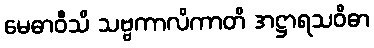
မေဓာဝီသိ သဗ္ဗကာလိကာတိ အဋ္ဌာရသဝိဓာ